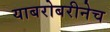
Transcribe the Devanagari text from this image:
याबरोबरीनेच